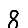
Digit: 8